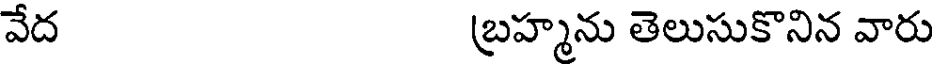
వేద బ్రహ్మను తెలుసుకొనిన వారు